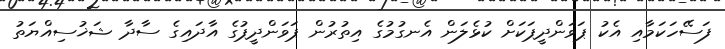
ފަސޭހަކަމާއި އެކު ޕަވަންދީޕަކަށް ކުޅެލަން އެނގުމުގެ އިތުރުން ޕަވަންދީޕުގެ އާދައިގެ ސާދާ ޝަޚުސިއްޔަތު